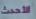
الأحدث